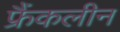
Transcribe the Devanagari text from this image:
फ्रैंकलीन